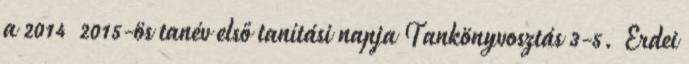
a 2014 2015-ös tanév első tanítási napja Tankönyvosztás 3-5. Erdei